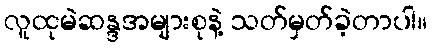
လူထုမဲဆန္ဒအများစုနဲ့ သတ်မှတ်ခဲ့တာပါ။